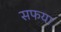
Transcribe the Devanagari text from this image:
सफया